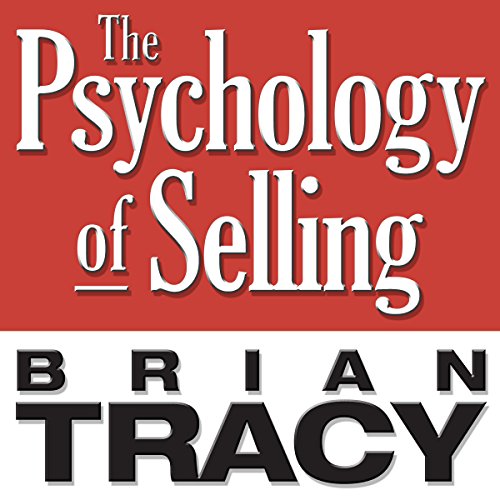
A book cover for The Psychology of Selling: Increase Your Sales Faster and Easier Than You Ever Thought Possible (Your Coach in a Box); Brian Tracy; Business & Money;